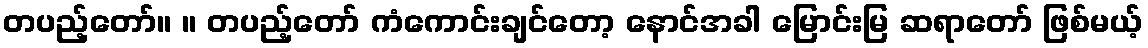
တပည့်တော်။ ။ တပည့်တော် ကံကောင်းချင်တော့ နောင်အခါ မြောင်းမြ ဆရာတော် ဖြစ်မယ့်